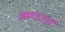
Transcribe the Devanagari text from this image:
आदराचा